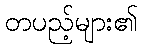
တပည့်များ၏